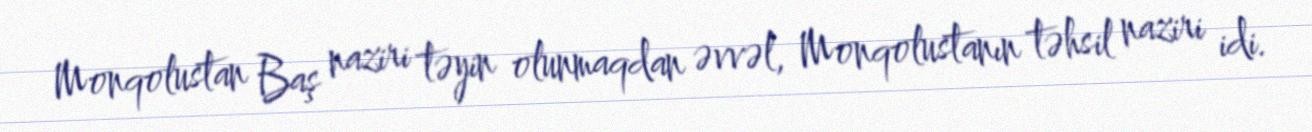
Monqolustan Baş naziri təyin olunmaqdan əvvəl, Monqolustanın təhsil naziri idi.